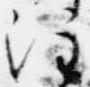
注